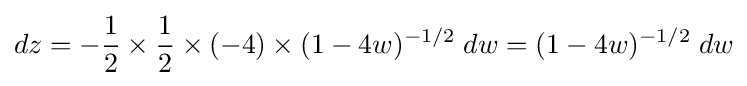
dz=-{\frac {1}{2}}\times {\frac {1}{2}}\times (-4)\times (1-4w)^{-1/2}\;dw=(1-4w)^{-1/2}\;dw